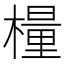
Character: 𣛀